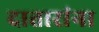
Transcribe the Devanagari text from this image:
दातारांना